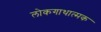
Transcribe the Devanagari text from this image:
लोकगाथात्मक